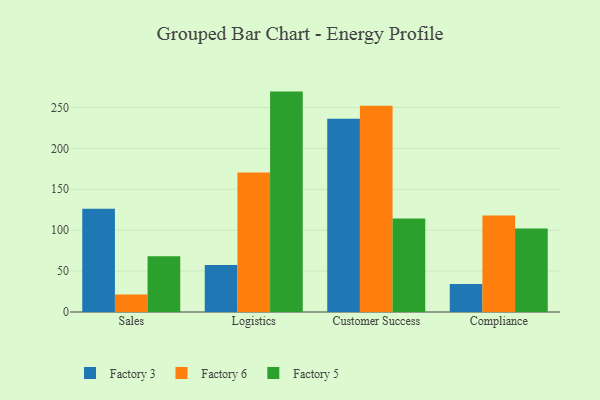
{"axis": {"x": "Department", "y": "Operating Costs (USD K)"}, "legend": ["Factory 3", "Factory 5", "Factory 6"], "data": [{"x": "Sales", "y": 126.1, "type": "Factory 3"}, {"x": "Sales", "y": 21.3, "type": "Factory 6"}, {"x": "Sales", "y": 68.0, "type": "Factory 5"}, {"x": "Logistics", "y": 57.4, "type": "Factory 3"}, {"x": "Logistics", "y": 170.5, "type": "Factory 6"}, {"x": "Logistics", "y": 269.4, "type": "Factory 5"}, {"x": "Customer Success", "y": 236.1, "type": "Factory 3"}, {"x": "Customer Success", "y": 252.1, "type": "Factory 6"}, {"x": "Customer Success", "y": 114.4, "type": "Factory 5"}, {"x": "Compliance", "y": 34.1, "type": "Factory 3"}, {"x": "Compliance", "y": 118.1, "type": "Factory 6"}, {"x": "Compliance", "y": 102.0, "type": "Factory 5"}]}